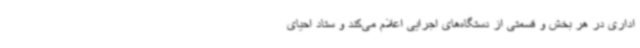
اداری در هر بخش و قسمتی از دستگاه‌های اجرایی اعلام می‌کند و ستاد احیای